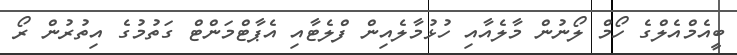
ބީއެމްއެލްގެ ހޯމް ލޯނުން މާލެއާއި ހުޅުމާލެއިން ފްލެޓާއި އެޕާޓްމަންޓް ގަތުމުގެ އިތުރުން ރޯ